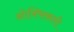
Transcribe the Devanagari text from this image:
ओक्सिकारी